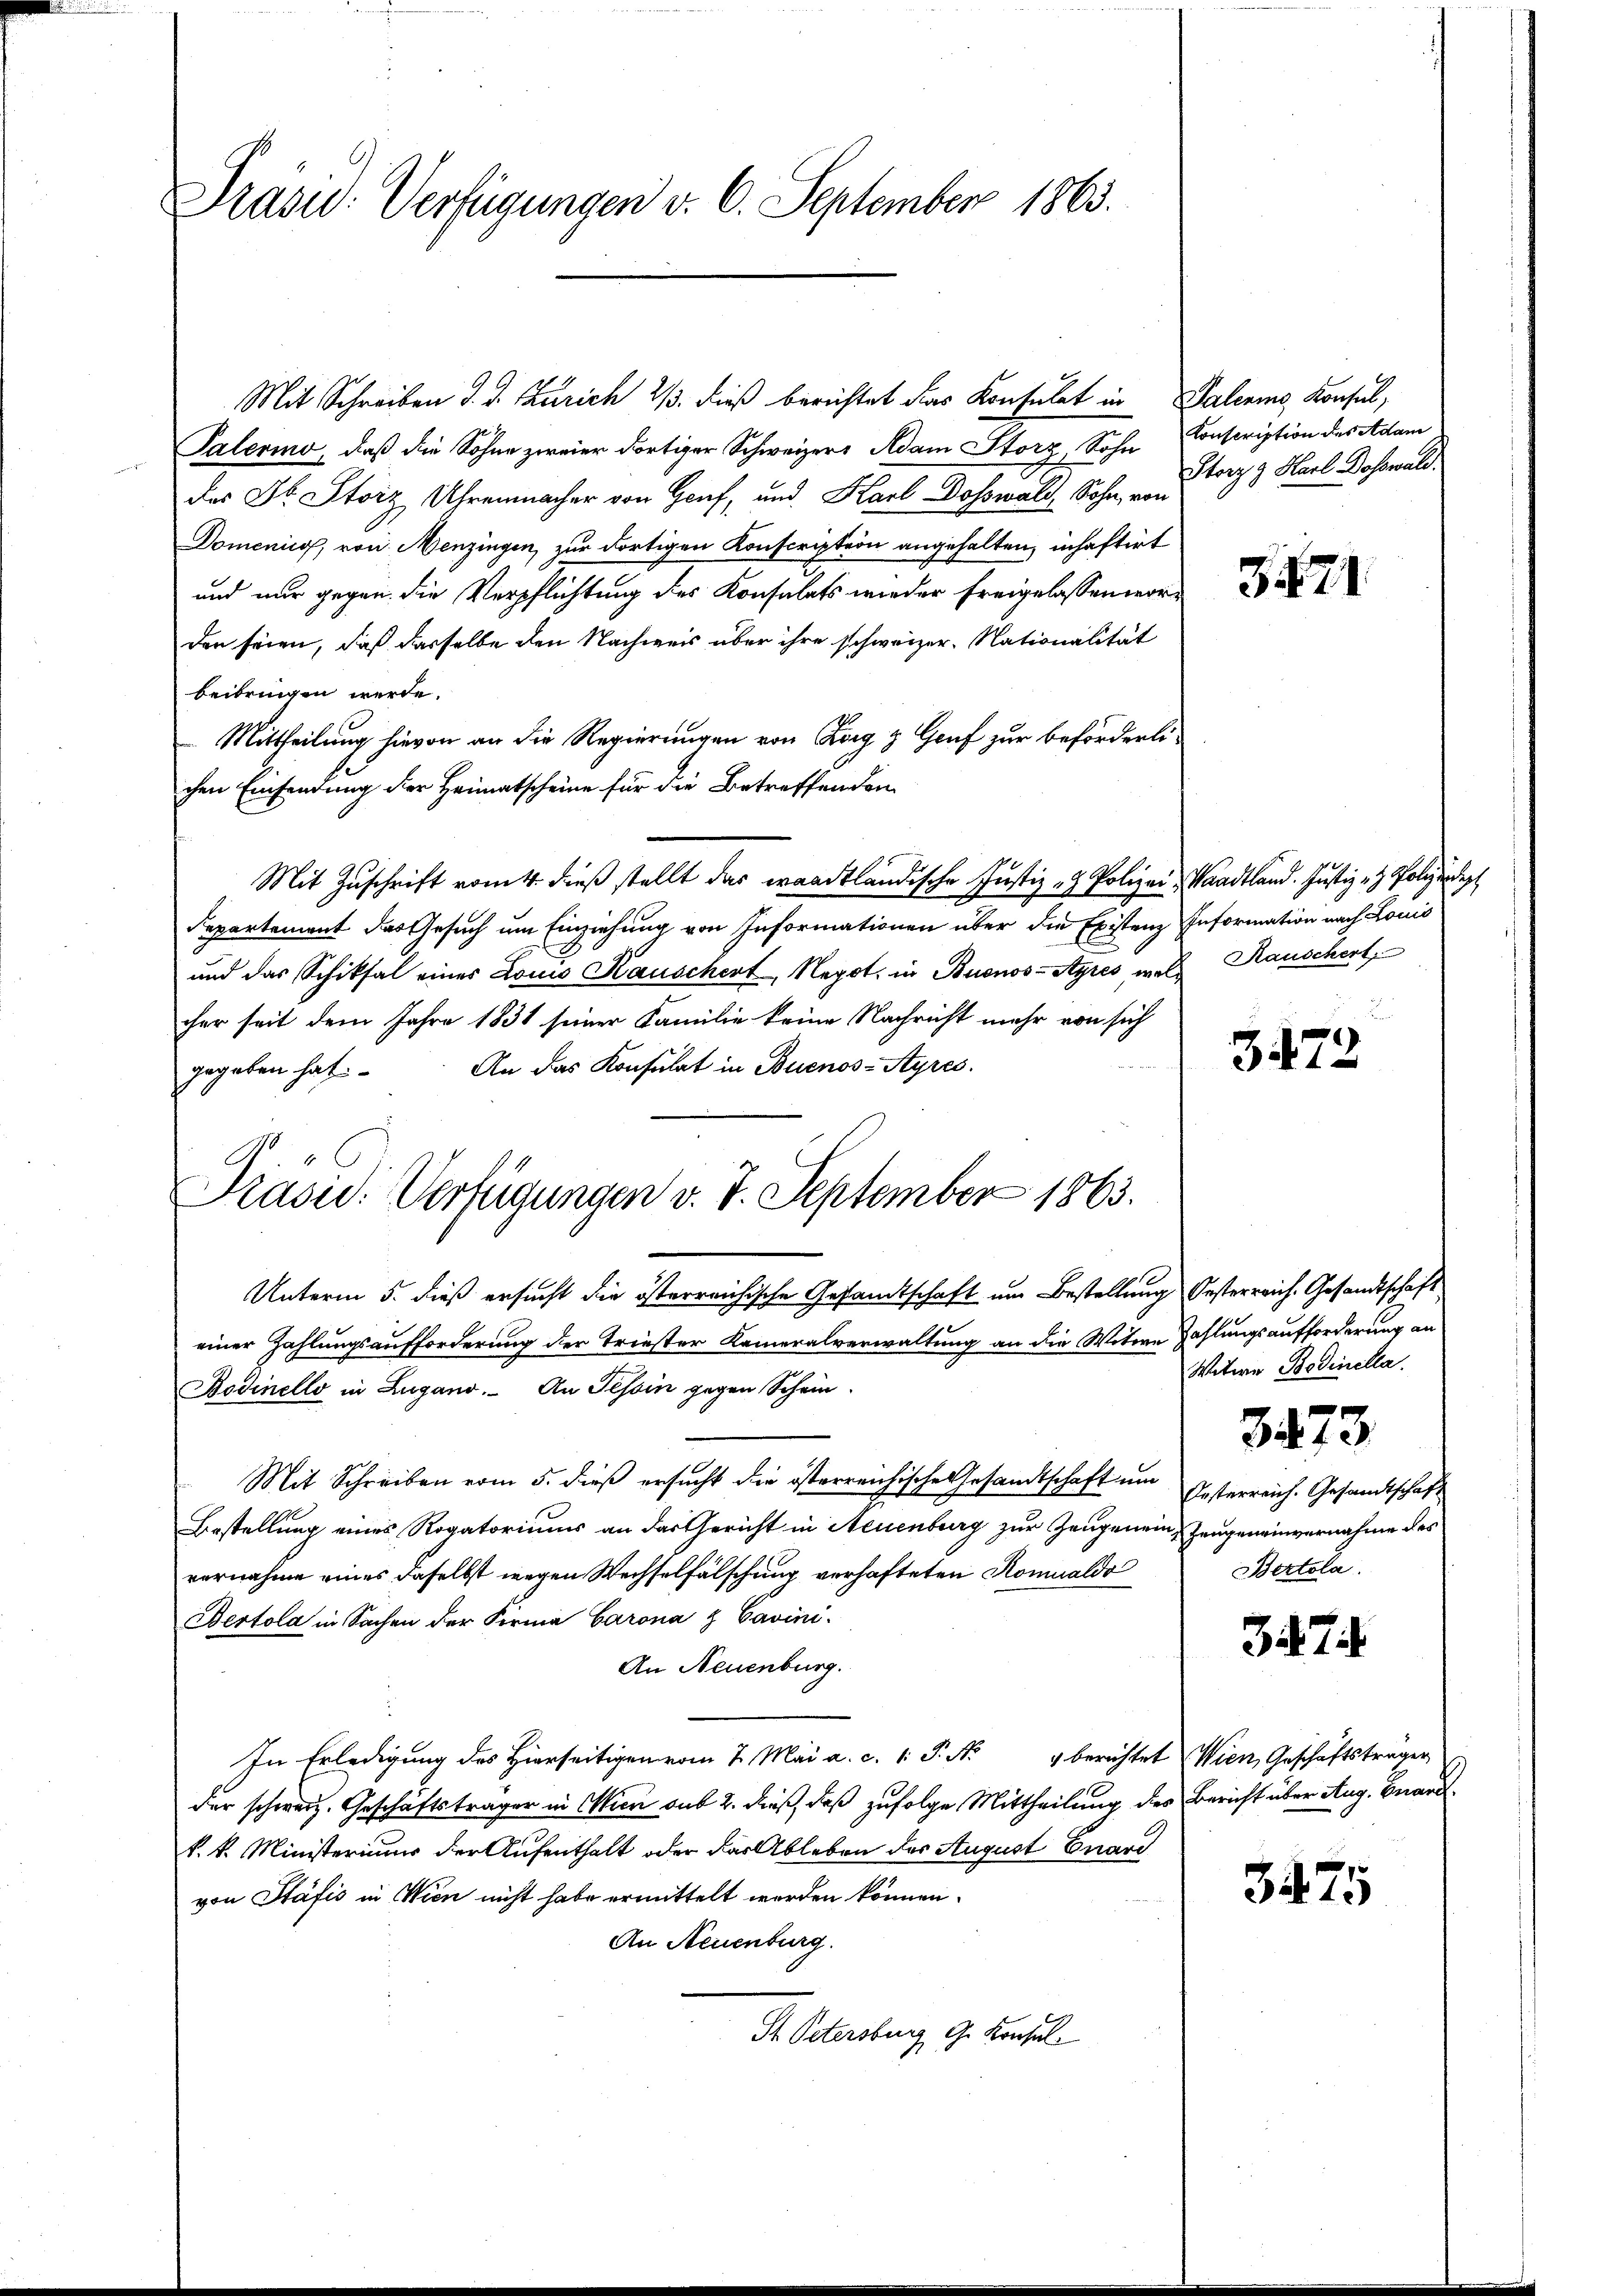
Präsid.: Verfügungen d. 6. September 1863.

Mit Schreiben d. d. Zürich 2/3. dieß berichtet das Konsulat in Palerins Konsul,
Palerino, daß die Sohne zweier dortiger Schweizers Adam Storz, Sohn Conscription des Adam
des Dr. Storz Uhrenmacher von Genf, und Karl Doswald, Sohn, von
Domenico, von Menzingen, zur dortigen Konscription angehalten, inhaftirt
und nur gegen die Verpflichtung des Konsulats wieder freigelassen worden seien, daß dasselbe den Nachweis über ihre schweizer. Nationalität
beibringen werde.
Mittheilung hievon an die Regierungen von Korg & Genf zur beförderlichen Einsendung der Heimatscheine für die Betreffenden
Mit Zuschrift vom 4. dieß stellt das waadtländische Justiz- & Polizei, Waadtland. Justiz - Polizendep
Repartement das Gesuch um Einziehung von Informationen über die Existenz Information nach Louis
und das Schiksal eines Louis Kauschert, Negot. in Buenos-Ayres, welcher seit dem Jahre 1831 seiner Familie keine Nachricht mehr von sich
An das Konsulat in Buenos-Ayres.
gegeben hat.
Unterm 5. dieß ersucht die österreichische Gesandtschaft um Bestellung Oesterreich. Gesandtschaft
einer Zahlungsaufforderung der Triester Kameralverwaltung an die Witwe Zahlungsaufforderung an
Rodinello in Zugano. An Tessin gegen Schein-
Mit Schreiben vom 5. dieß ersucht die österreichische Gesandtschaft um Gesterreich. Gesandtschaft
Bestellung eines Rogatoriums an das Gericht in Neuenburg zur Zeugenein Zeugeneinvernahme des
vernahme eines daselbst wegen Wechselfälschung verhafteten Rominaldo
Bertola in Sachen der Firma Barona & Cavini.
An Neuenburg.
In Erledigung des Hierseitigen vom 2. Mai a. c. 1 P. Nr. 4 berichtet Wien, Geschäftsträger
der schweiz. Geschäftsträger in Wien sub 2. dieß, daß zufolge Mittheilung des Bericht über Aug. Grand
k. k. Ministerium der Aufenthalt oder das Ableben der August Quart
von Stäfis in Wien nicht habe ermittelt werden können.
An Neuenburg.
St. Petersburg, G. Konsul

Präsid. Verfügungen v. 7. September 1863.

Storz & Karl Bosswald.

3471.

Rauschert.

2
3472

Witwe Bedinella.
3473
Bertola.

37.

3475